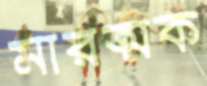
মারত্মক